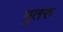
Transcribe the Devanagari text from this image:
मुतरु